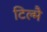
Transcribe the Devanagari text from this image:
टिल्मै